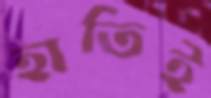
হাতিই